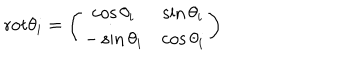
LaTeX: \mathrm { r o t } \theta _ { i } = \left( \begin{array} { c c } { { \cos \theta _ { i } } } & { { \sin \theta _ { i } } } \\ { { - \sin \theta _ { i } } } & { { \cos \theta _ { i } } } \\ \end{array} \right)